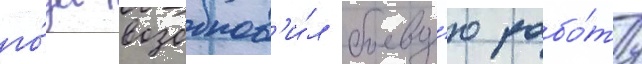
го́да возобнов'и́л боеву́ю рабо́ту